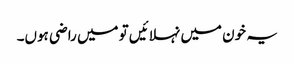
یہ خون میں نہلائیں تو میں راضی ہوں۔